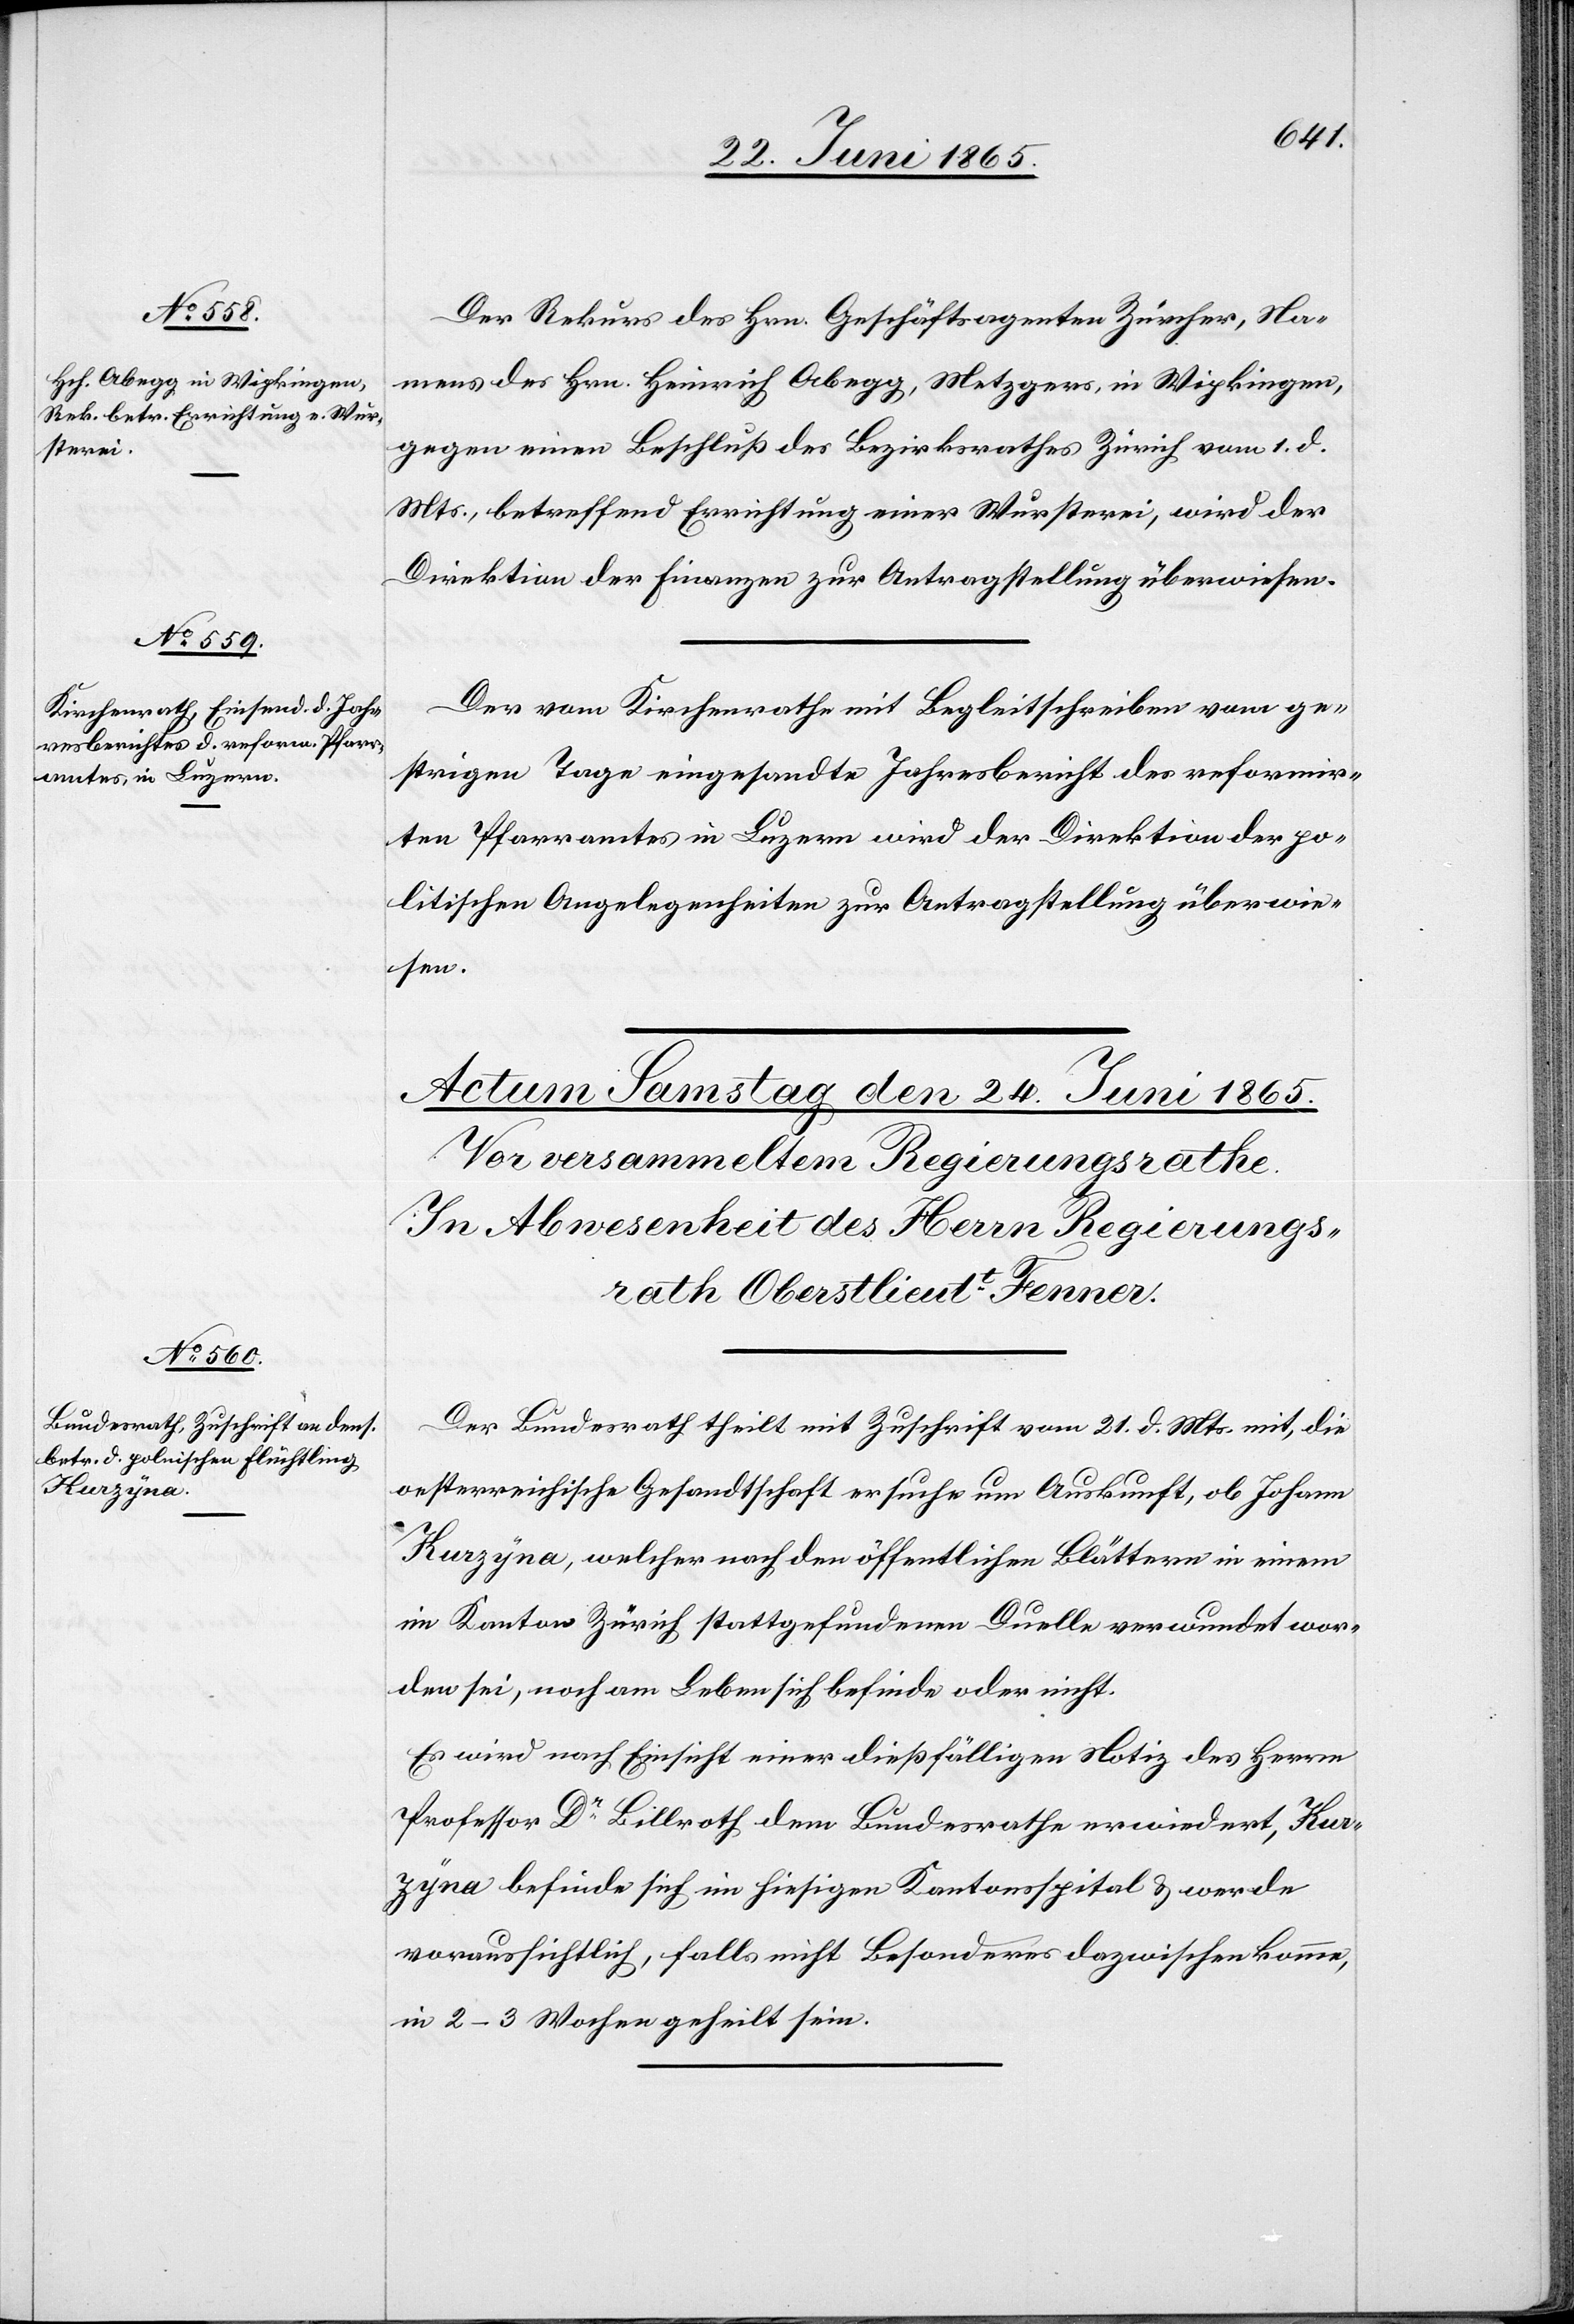
23. Juni 1865.]
Der Rekurs des Hrn. Geschäftsagenten Zürcher, Na¬
mens des Hrn. Heinrich Abegg, Metzgers, in Wipkingen,
gegen einen Beschluß des Bezirksrathes Zürich vom 1. d.
Mts., betreffend Errichtung einer Wursterei, wird der
Direktion der Finanzen zur Antragstellung überwiesen.
Der vom Kirchenrathe mit Begleitschreiben vom ge¬
strigen Tage eingesandte Jahresbericht des refomrir¬
ten Pfarramtes in Luzern wird der Direktion der po¬
litischen Angelegenheiten zur Antragstellung überwie¬
sen.
Der Bundesrath theilt mit Zuschrift vom 21. d. Mts. mit, die
oesterreichische Gesandtschaft ersuche um Auskunft, ob Johann
Kurzyna, welcher nach den öffentlichen Blättern in einem
im Kanton Zürich stattgefundenen Duelle verwundet wor¬
den sei, noch am Leben sich befinde oder nicht.
Es wird nach Einsicht einer dießfällligen Notiz des Herrn
Professor Dr Billroth dem Bundesrathe erwiedert, Kur¬
zyna befinde sich im hiesigen Kantonsspital & werde
voraussichtlich, falls nicht Besonderes dazwischen komme,
in 2–3 Wochen geheilt sein.